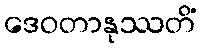
ဒေဝတာနုဿတိံ